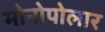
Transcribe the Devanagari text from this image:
मोनोपोलार